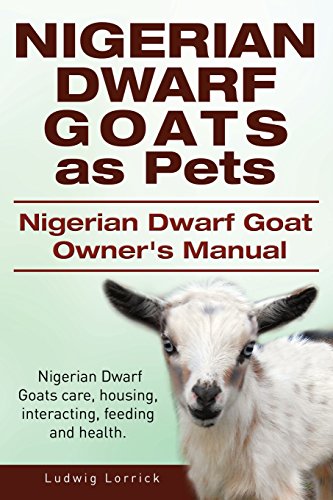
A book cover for Nigerian Dwarf Goats as Pets. Nigerian Dwarf Goat Owners Manual. Nigerian Dwarf Goats care, housing, interacting, feeding and health.; Ludwig Lorrick; Crafts, Hobbies & Home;